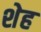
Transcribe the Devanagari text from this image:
शेह